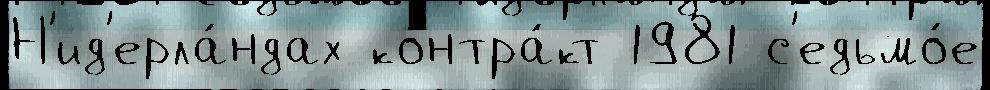
Н'ид'ерла́ндах контра́кт 1981 с'едьмо́е